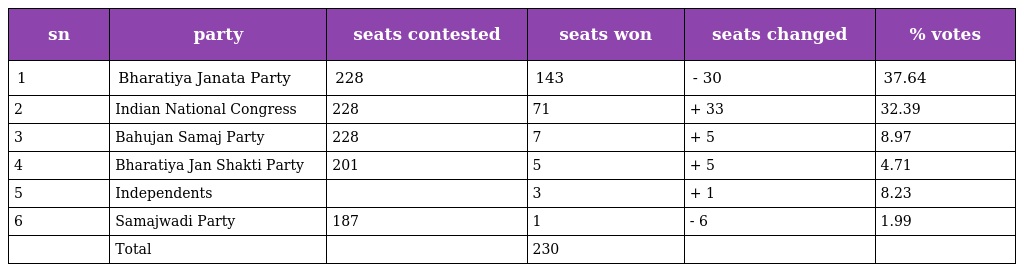
| sn | party | seats contested | seats won | seats changed | % votes |
 | --- | --- | --- | --- | --- | --- |
 | 1 | Bharatiya Janata Party | 228 | 143 | - 30 | 37.64 |
 | 2 | Indian National Congress | 228 | 71 | + 33 | 32.39 |
 | 3 | Bahujan Samaj Party | 228 | 7 | + 5 | 8.97 |
 | 4 | Bharatiya Jan Shakti Party | 201 | 5 | + 5 | 4.71 |
 | 5 | Independents |  | 3 | + 1 | 8.23 |
 | 6 | Samajwadi Party | 187 | 1 | - 6 | 1.99 |
 |  | Total |  | 230 |  |  |